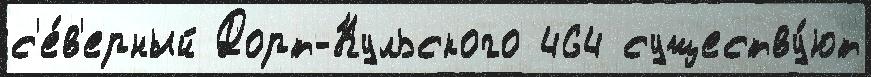
с'е́в'ерный Дорт-Кульского 464 существу́ют